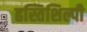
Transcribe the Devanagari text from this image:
हस्तिशिल्पी